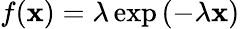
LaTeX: f(\mathbf{x})=\lambda\exp\left(-\lambda\mathbf{x}\right)